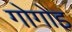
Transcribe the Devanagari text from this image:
गोगोइ